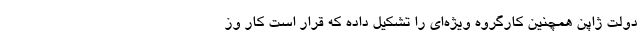
دولت ژاپن همچنین کارگروه ویژه‌ای را تشکیل داده که قرار است کار وز